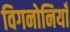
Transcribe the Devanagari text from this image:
विगनोनियाँ